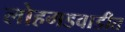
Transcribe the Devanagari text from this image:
लोहगडवाडीत